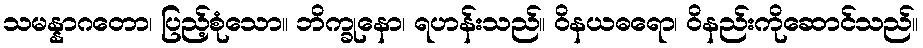
သမန္နာဂတော၊ ပြည့်စုံသော။ ဘိက္ခုနော၊ ရဟန်းသည်။ ဝိနယဓရော၊ ဝိနည်းကိုဆောင်သည်။